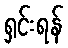
ရှင်းရန်